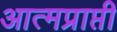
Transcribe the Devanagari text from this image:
आत्मप्राप्ती